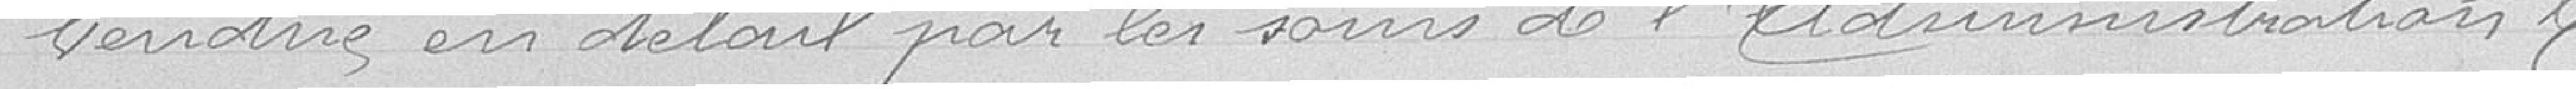
vendue en détail par les soins de l'administration